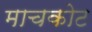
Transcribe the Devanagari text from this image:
माचकोट